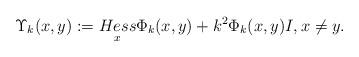
LaTeX: \begin{align*}\Upsilon_k(x,y):=\underset{x}{Hess}\Phi_{k}(x,y)+k^2 \Phi_{k}(x,y){I}, x\neq y.\end{align*}